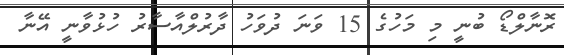
ރޮނާލްޑޯ ބުނީ މި މަހުގެ 15 ވަނަ ދުވަހު ދާރުލްއާސާރު ހުޅުވާނީ އޭނާ